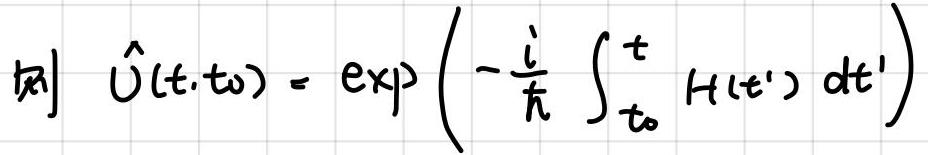
则 $\hat{U}(t,t_0) = \exp\left(-\frac{i}{\hbar} \int_{t_0}^{t} H(t') dt'\right)$